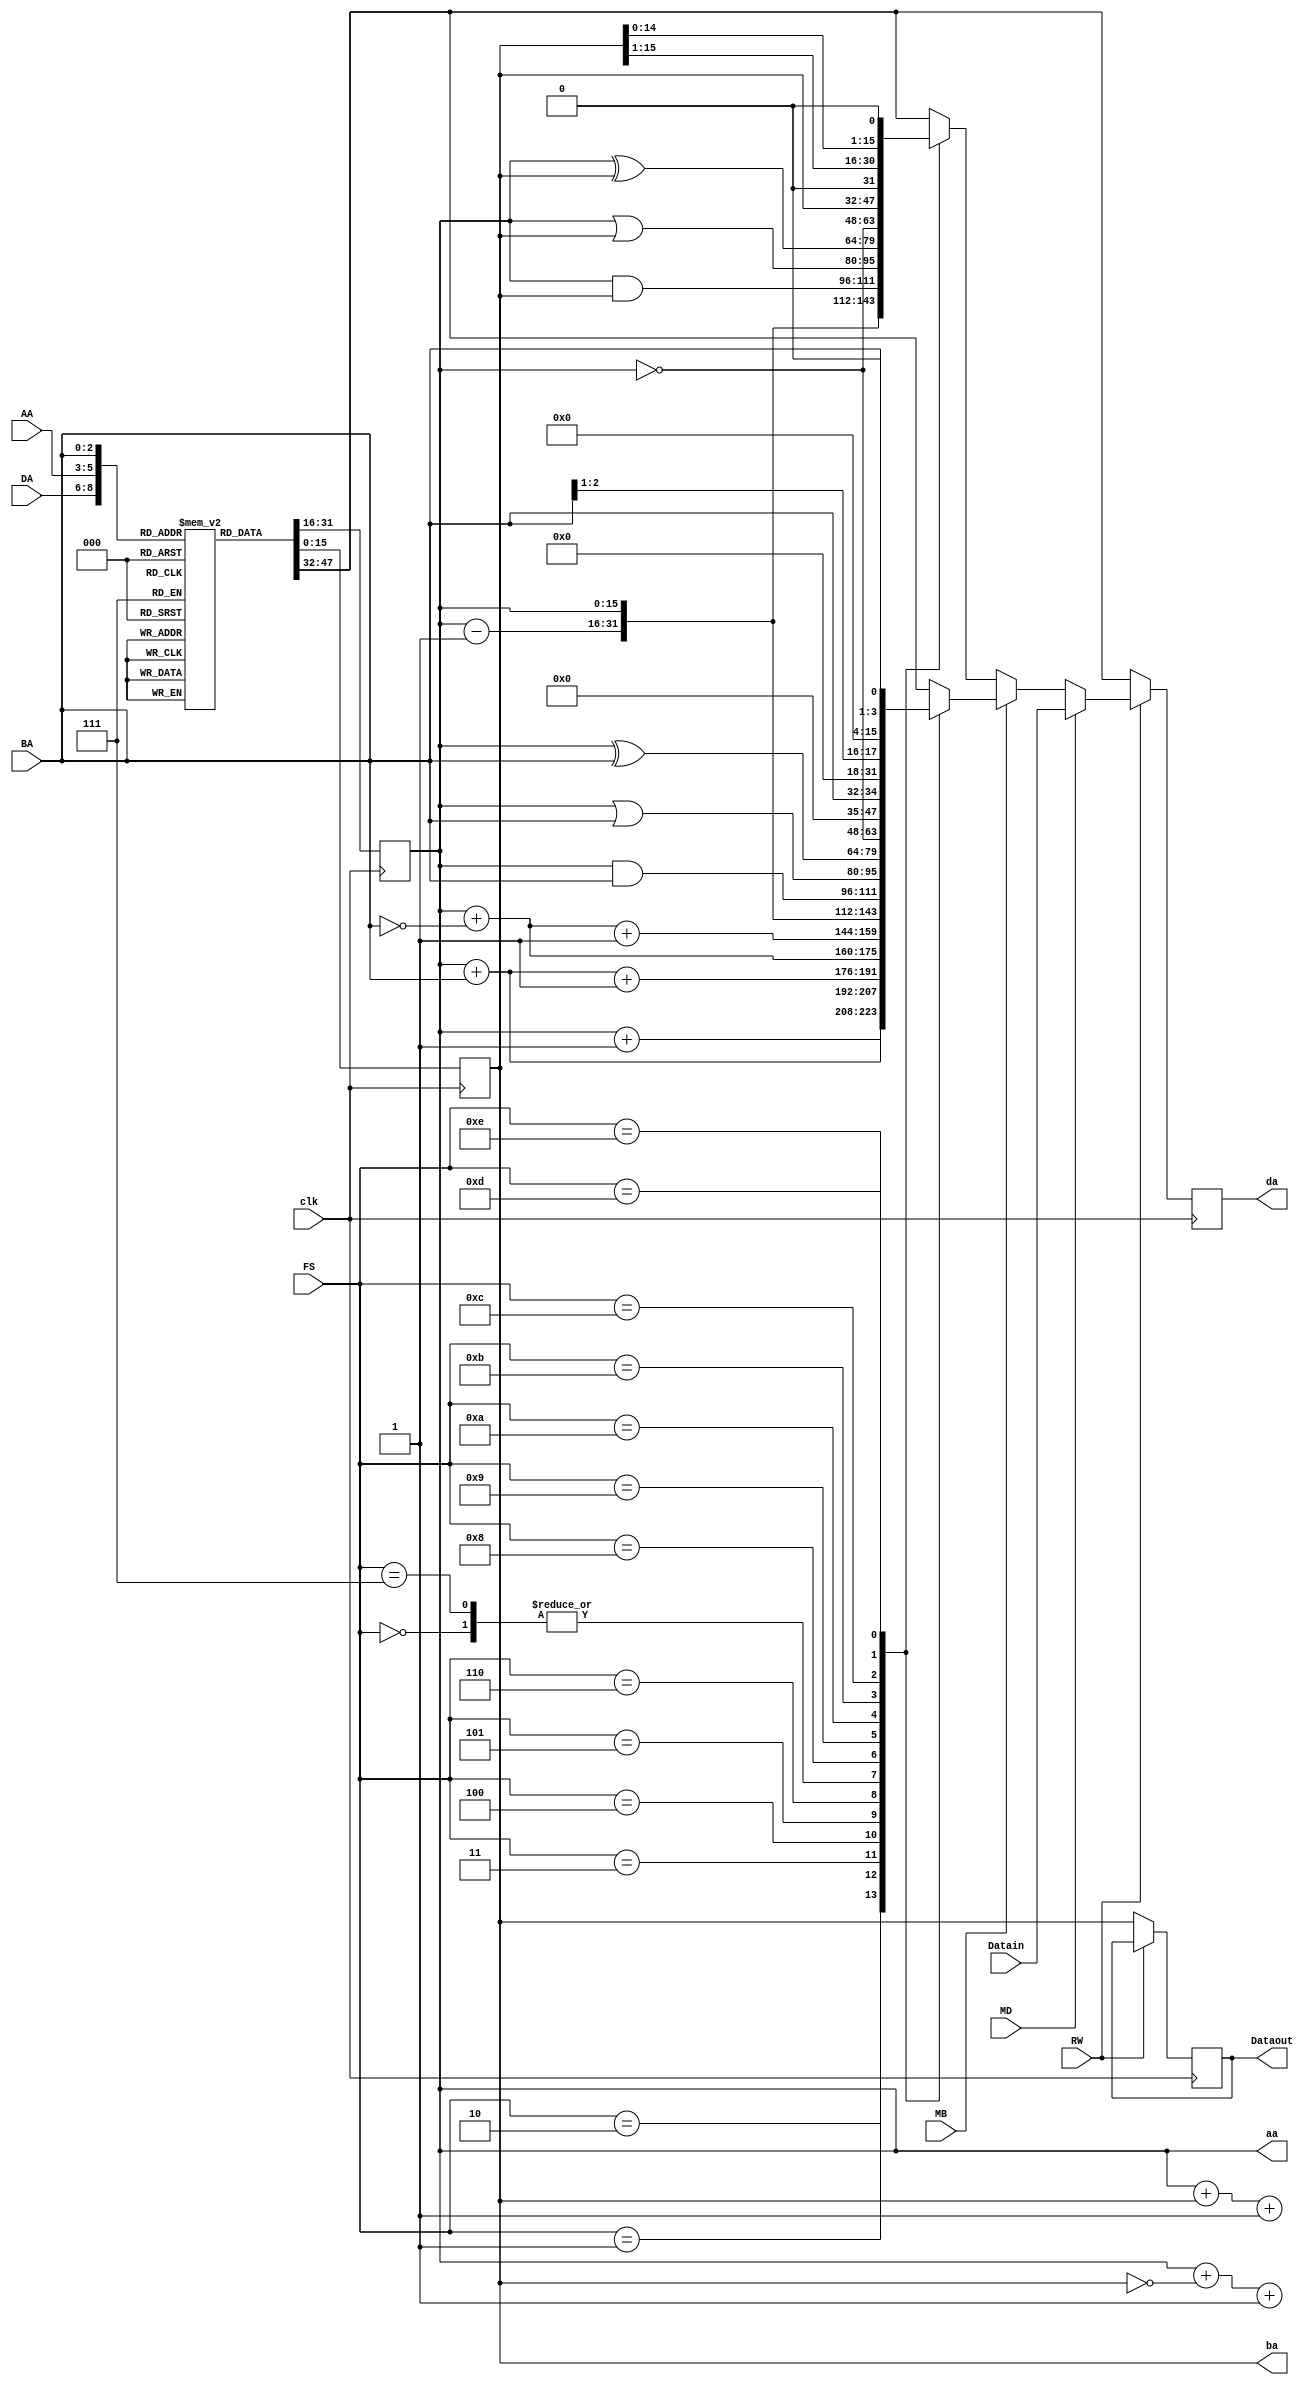
`timescale 1ns / 1ps
module datapath(
 input clk,MB,MD,RW,
 input [2:0] DA,AA,BA,
 input [3:0] FS,
 input [15:0] Datain,
 output reg [15:0] Dataout,da,aa,ba
);
// register  '3' . 
reg [15:0] register[7:0];
integer i;
initial begin
for (i=0;i<8;i=i+1)
      register[i] <= 16'd3;
end
always @(posedge clk) 
begin
da <= register[DA]; aa<= register[AA]; ba <= register[BA];
//    (FS  )
if(~RW)  
    Dataout <= ba;    // no write
else if (MD) 
    da <= Datain;     // Data in 
// constant  (FS )
else if (MB)         
    case(FS)                   // function code 
    4'b0000: da <= aa;
    4'b0001: da <= aa +1;
    4'b0010: da <= aa + BA;
    4'b0011: da <= aa + BA + 1;
    4'b0100: da <= aa + ~BA;
    4'b0101: da <= aa + ~BA + 1;
    4'b0110: da <= aa - 1;
    4'b0111: da <= aa ;
    4'b1000: da <= aa & BA ;
    4'b1001: da <= aa | BA ;
    4'b1010: da <= aa ^ BA ;
    4'b1011: da <= ~aa ;
    4'b1100: da <= BA ;
    4'b1101: da <= BA >> 1;
    4'b1110: da <= BA << 1;    
endcase   
// function code 
else
case(FS)
    4'b0000: da <= aa;
    4'b0001: da <= aa +1;
    4'b0010: da <= aa + ba;
    4'b0011: da <= aa + ba + 1;
    4'b0100: da <= aa + ~ba;
    4'b0101: da <= aa + ~ba + 1;
    4'b0110: da <= aa - 1;
    4'b0111: da <= aa ;
    4'b1000: da <= aa & ba ;
    4'b1001: da <= aa | ba ;
    4'b1010: da <= aa ^ ba ;
    4'b1011: da <= ~aa ;
    4'b1100: da <= ba ;
    4'b1101: da <= ba >> 1;
    4'b1110: da <= ba << 1;    
endcase
end
endmodule